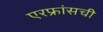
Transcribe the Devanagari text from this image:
एरफ्रांसची